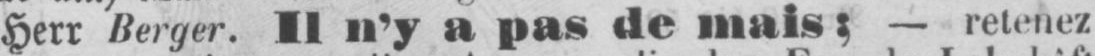
Herr Berger. Il n’y a pas de mais; - retenez